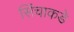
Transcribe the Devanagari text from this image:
सिंचाकडे